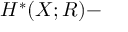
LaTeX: H ^ { \ast } ( X ; R ) -